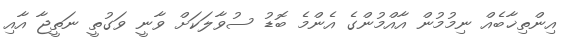
އިންތިޚާބެއް ނިމުމުން އާއްމުންގެ އެންމެ ބޮޑު ސުވާލަކަށް ވާނީ ވަގުތީ ނަތީޖާ އާއި